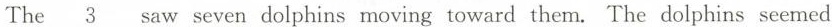
The \underline{3}saw seven dolphins moving toward them. The dolphins seemed